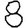
Digit: 8